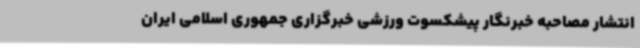
انتشار مصاحبه خبرنگار پیشکسوت ورزشی خبرگزاری جمهوری اسلامی ایران